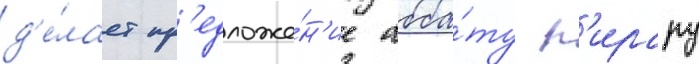
д'е́лает пр'едложе́н'ие абба́ту п'ирару